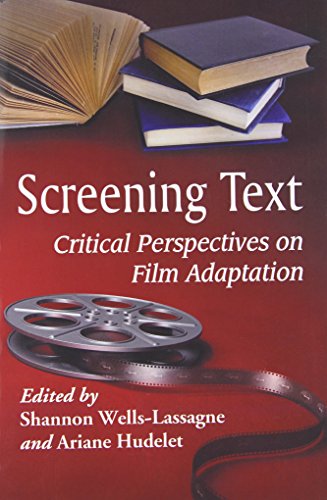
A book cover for Screening Text: Critical Perspectives on Film Adaptation; Shannon Wells-Lassagne; Humor & Entertainment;